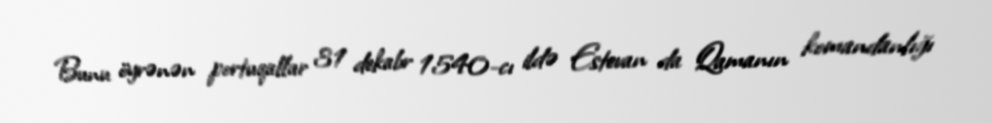
Bunu öyrənən portuqallar 31 dekabr 1540-cı ildə Estevan da Qamanın komandanlığı